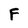
Character: F